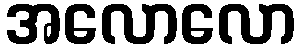
အလောလော